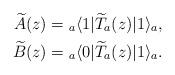
LaTeX: \begin{align*}\widetilde{A}(z)={}_a \langle 1|\widetilde{T}_{a}(z)|1 \rangle_{a}, \\\widetilde{B}(z)={}_a \langle 0|\widetilde{T}_{a}(z)|1 \rangle_{a}.\end{align*}